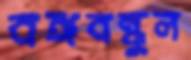
বঙ্গবন্ধুল